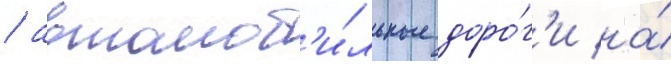
/ автомоб'и́льные доро́г'и на́